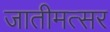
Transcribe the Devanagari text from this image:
जातीमत्सर